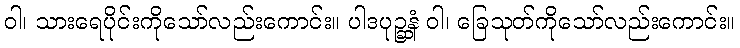
ဝါ၊ သားရေပိုင်းကိုသော်လည်းကောင်း။ ပါဒပုဉ္ဆနံ ဝါ၊ ခြေသုတ်ကိုသော်လည်းကောင်း။